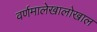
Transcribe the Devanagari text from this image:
वर्णमालेखालोखाल